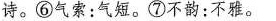
诗。⑥气索：气短。⑦不韵：不雅。